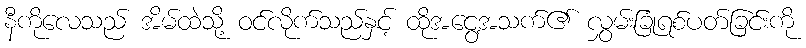
နီကိုလေသည် အိမ်ထဲသို့ ဝင်လိုက်သည်နှင့် ထိုအငွေ့အသက်၏ လွှမ်းခြုံရစ်ပတ်ခြင်းကို